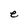
Character: e